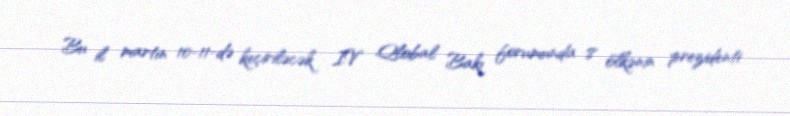
Bu il martın 10-11-də keçiriləcək IV Qlobal Bakı forumunda 8 ölkənin prezidenti